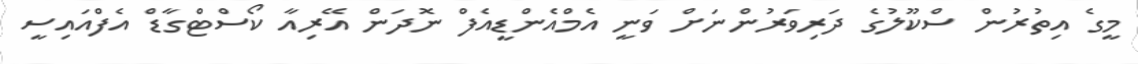
މީގެ އިތުރުން ސްކޫލުގެ ދަރިވަރުންނަށް ވަނީ އެމްއެންޑީއެފް ނޮދަން އޭރިއާ ކޯސްޓްގާޑް އެފްއައިސީ